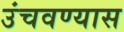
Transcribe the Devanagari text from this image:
उंचवण्यास